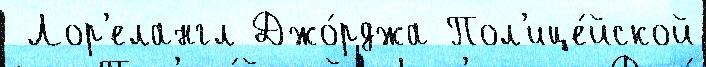
 Лор'елангл Джо́рджа Пол'ице́йской